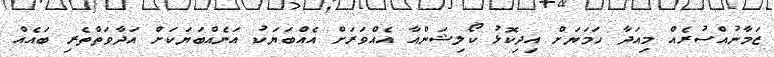
ޒަމާނުއްސުރެއް މިއަދާ ހަމަޔަށް އިދިކޮޅު ކޯލިޝަންއާ އެއްވަރަށް އެއްބަޔަކު އަނެއްބަޔަކަށް އަދާވަތްތެރި ބައެއް